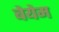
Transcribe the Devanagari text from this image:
बेयेम